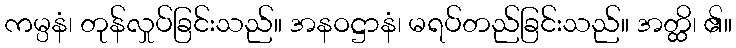
ကမ္ပနံ၊ တုန်လှုပ်ခြင်းသည်။ အနဝဋ္ဌာနံ၊ မရပ်တည်ခြင်းသည်။ အတ္ထိ၊ ၏။